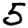
Digit: 5